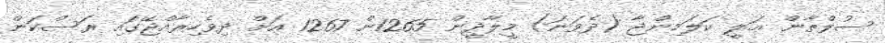
ސުލްޠާން ޢަލީ ކަލަމިންޖާ (ދެވަނަ) މީލާދީން 1265ން 1267 އަށް ދިވެހިރާއްޖޭގައި ރަސްކަން